Senior Leaving Certificate Examination (including Day School Certificate (Higher) General paper), 1950
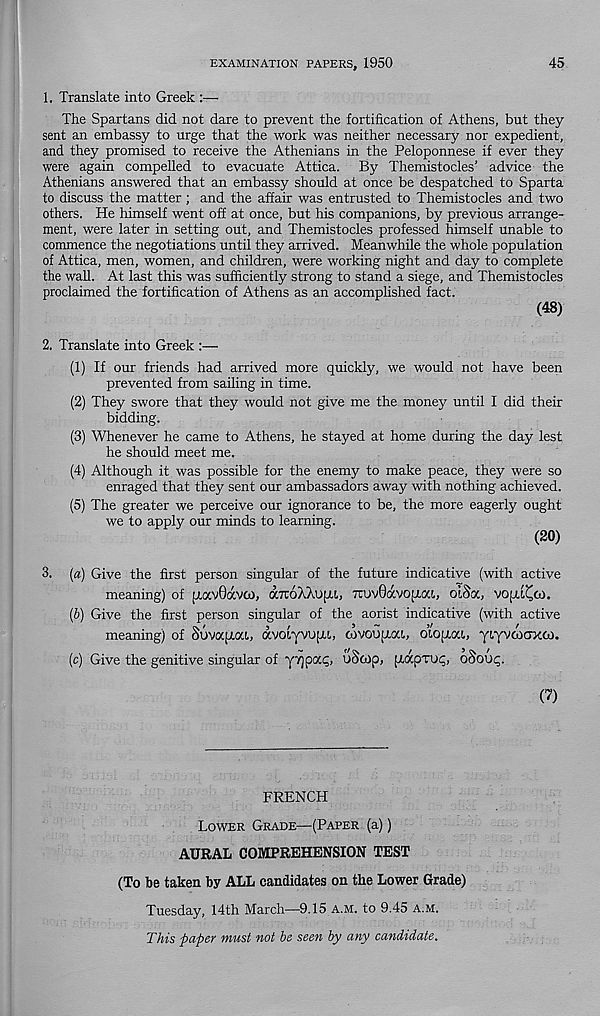
EXAMINATION PAPERS, 1950
45
1. Translate into Greek :—•
The Spartans did not dare to prevent the fortification of Athens, but they
sent an embassy to urge that the work was neither necessary nor expedient,
and they promised to receive the Athenians in the Peloponnese if ever they
were again compelled to evacuate Attica. By Themistocles’ advice the
Athenians answered that an embassy should at once be despatched to Sparta
to discuss the matter; and the affair was entrusted to Themistocles and two
others. He himself went off at once, but his companions, by previous arrange-
ment, were later in setting out, and Themistocles professed himself unable to
commence the negotiations until they arrived. Meanwhile the whole population
of Attica, men, women, and children, were working night and day to complete
the wall. At last this was sufficiently strong to stand a siege, and Themistocles
proclaimed the fortification of Athens as an accomphshed fact.
(48)
2. Translate into Greek :—
(1) If our friends had arrived more quickly, we would not have been
prevented from sailing in time.
(2) They swore that they would not give me the money until I did their
bidding.
(3) Whenever he came to Athens, he stayed at home during the day lest
he should meet me.
(4) Although it was possible for the enemy to make peace, they were so
enraged that they sent our ambassadors away with nothing achieved.
(5) The greater we perceive our ignorance to be, the more eagerly ought
we to apply our minds to learning.
(20)
3. (a) Give the first person singular of the future indicative (with active
meaning) of piocvOavco, dcTtoAXupu, TruvOavopwci, oiSa, vopti^co.
(b) Give the first person singular of the aorist indicative (with active
meaning) of SuvocjjWU, avotyvupu, covoupiou, olopioa, yiyvaxTxoo.
(c) Give the genitive singular of
uScop, [xapTup, oSouq.
(?)
FRENCH
Lower Grade—(Paper (a))
AURAL COMPREHENSION TEST
(To be taken by ALL candidates on the Lower Grade)
Tuesday, 14th March—9.15 a.m. to 9.45 a.m.
This paper must not be seen by any candidate.